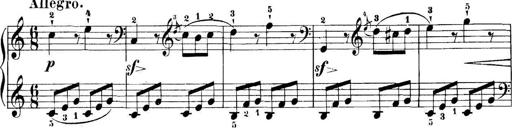
Title: 11 Sonatinas
Composer: Anton Diabelli